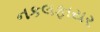
નકલફાયર